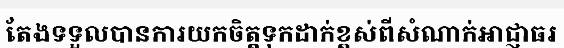
តែងទទួលបានការយកចិត្តទុកដាក់ខ្ពស់ពីសំណាក់អាជ្ញាធរ